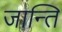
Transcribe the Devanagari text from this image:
जान्ति